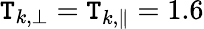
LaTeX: \mathtt{T}_{k,\perp}=\mathtt{T}_{k,\parallel}=1.6